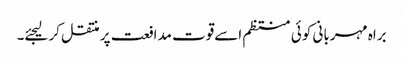
براہ مہربانی کوئی منتظم اسےقوت مدافعت پر منتقل کرلیجئے۔